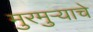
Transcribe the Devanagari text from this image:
मुरमुऱ्याचे